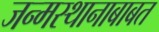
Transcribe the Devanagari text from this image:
जन्मस्थानाबाबत